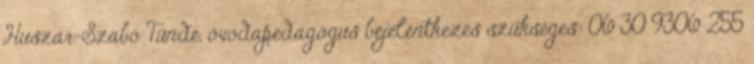
Huszár-Szabó Tünde, óvodapedagógus bejelentkezés szükséges: 06 30 9306 255